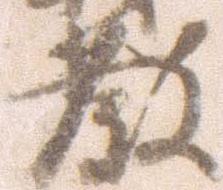
教